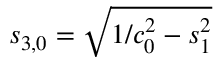
s _ { 3 , 0 } = \sqrt { 1 / c _ { 0 } ^ { 2 } - s _ { 1 } ^ { 2 } }